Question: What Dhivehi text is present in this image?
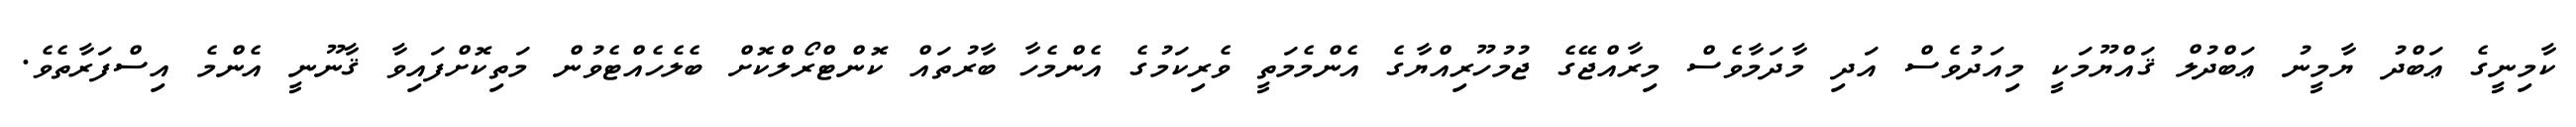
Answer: ކާމިނީގެ ޢަބްދު ޔާމީނު ޢަބްދުލް ޤައްޔޫމަކީ މިއަދުވެސް އަދި މާދަމާވެސް މިރާއްޖޭގެ ޖުމުހޫރިއްޔާގެ އެންމެމަތީ ވެރިކަމުގެ އެންމެހާ ބާރުތައް ކޮންޓްރޯލްކޮށް ބެލެހެއްޓެވުން މަތިކޮށްފައިވާ ޤާނޫނީ އެންމެ އިސްފަރާތެވެ.